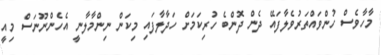
މާހާވެސް ހުންވައްތަރުވެލާފައޭ ދެން ދޮންބެ ހުރިކަމަށް ހަދާލާފައި މިކަން ނިންމާލާނީ އެހެންނޫނަސް މިއީ